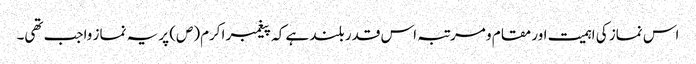
اس نماز کی اہمیت اور مقام و مرتبہ اس قدر بلند ہے کہ پیغمبر اکرم(ص) پر یہ نماز واجب تھی۔